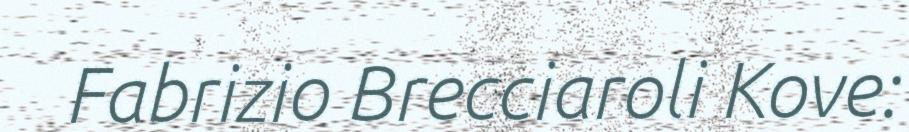
Fabrizio Brecciaroli Kove: